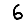
Digit: 6